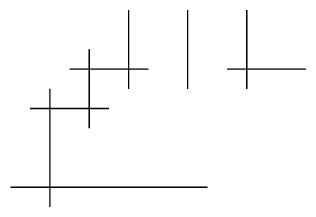
\unitlength .5cm\begin{picture}(11,7)\put(4,1){\line(1,0){5}}\put(4.5,3){\line(1,0){2}}\put(5.5,4){\line(1,0){2}}\put(9.5,4){\line(1,0){2}}\put(5,3.5){\line(0,-1){3}}\put(6,4.5){\line(0,-1){2}}\put(7,5.5){\line(0,-1){2}}\put(8.5,5.5){\line(0,-1){2}}\put(10,5.5){\line(0,-1){2}}\end{picture}